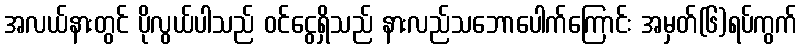
အလယ်နားတွင် ပိုလွယ်ပါသည် ဝင်ငွေရှိသည် နားလည်သဘောပေါက်ကြောင်း အမှတ်(၆)ရပ်ကွက်